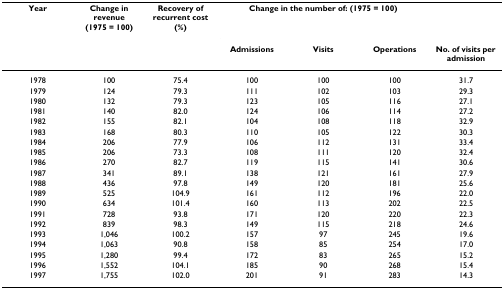
<table><thead><tr><td><b>Year</b></td><td><b>Change in revenue (1975 = 100)</b></td><td><b>Recovery of recurrent cost (%)</b></td><td colspan="3"><b>Change in the number of: (1975 = 100)</b></td><td></td></tr><tr><td></td><td></td><td></td><td><b>Admissions</b></td><td><b>Visits</b></td><td><b>Operations</b></td><td><b>No. of visits per admission</b></td></tr></thead><tbody><tr><td>1978</td><td>100</td><td>75.4</td><td>100</td><td>100</td><td>100</td><td>31.7</td></tr><tr><td>1979</td><td>124</td><td>79.3</td><td>111</td><td>102</td><td>103</td><td>29.3</td></tr><tr><td>1980</td><td>132</td><td>79.3</td><td>123</td><td>105</td><td>116</td><td>27.1</td></tr><tr><td>1981</td><td>140</td><td>82.0</td><td>124</td><td>106</td><td>114</td><td>27.2</td></tr><tr><td>1982</td><td>155</td><td>82.1</td><td>104</td><td>108</td><td>118</td><td>32.9</td></tr><tr><td>1983</td><td>168</td><td>80.3</td><td>110</td><td>105</td><td>122</td><td>30.3</td></tr><tr><td>1984</td><td>206</td><td>77.9</td><td>106</td><td>112</td><td>131</td><td>33.4</td></tr><tr><td>1985</td><td>206</td><td>73.3</td><td>108</td><td>111</td><td>120</td><td>32.4</td></tr><tr><td>1986</td><td>270</td><td>82.7</td><td>119</td><td>115</td><td>141</td><td>30.6</td></tr><tr><td>1987</td><td>341</td><td>89.1</td><td>138</td><td>121</td><td>161</td><td>27.9</td></tr><tr><td>1988</td><td>436</td><td>97.8</td><td>149</td><td>120</td><td>181</td><td>25.6</td></tr><tr><td>1989</td><td>525</td><td>104.9</td><td>161</td><td>112</td><td>196</td><td>22.0</td></tr><tr><td>1990</td><td>634</td><td>101.4</td><td>160</td><td>113</td><td>202</td><td>22.5</td></tr><tr><td>1991</td><td>728</td><td>93.8</td><td>171</td><td>120</td><td>220</td><td>22.3</td></tr><tr><td>1992</td><td>839</td><td>98.3</td><td>149</td><td>115</td><td>218</td><td>24.6</td></tr><tr><td>1993</td><td>1,046</td><td>100.2</td><td>157</td><td>97</td><td>245</td><td>19.6</td></tr><tr><td>1994</td><td>1,063</td><td>90.8</td><td>158</td><td>85</td><td>254</td><td>17.0</td></tr><tr><td>1995</td><td>1,280</td><td>99.4</td><td>172</td><td>83</td><td>265</td><td>15.2</td></tr><tr><td>1996</td><td>1,552</td><td>104.1</td><td>185</td><td>90</td><td>268</td><td>15.4</td></tr><tr><td>1997</td><td>1,755</td><td>102.0</td><td>201</td><td>91</td><td>283</td><td>14.3</td></tr></tbody></table>